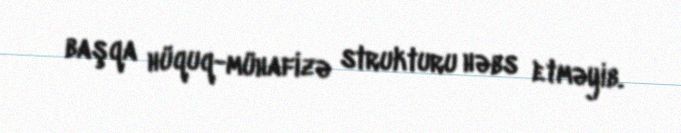
başqa hüquq-mühafizə strukturu həbs etməyib.